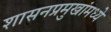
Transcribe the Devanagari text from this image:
शासनप्रमुखांमध्ये